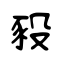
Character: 豛